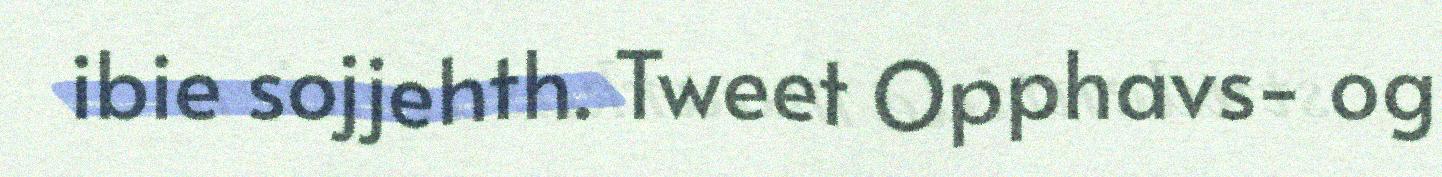
ibie sojjehth. Tweet Opphavs- og